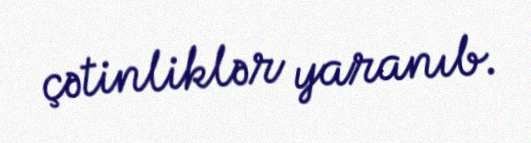
çətinliklər yaranıb.